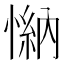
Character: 𢟕